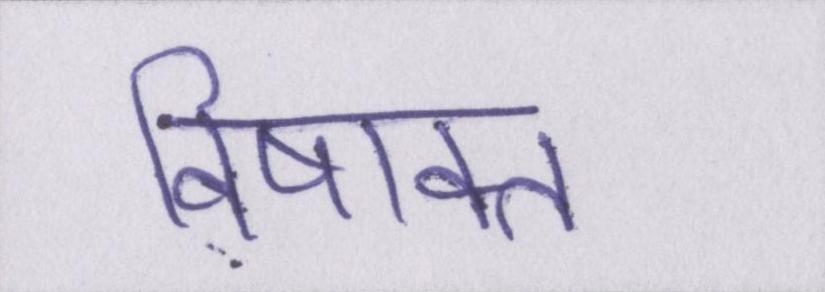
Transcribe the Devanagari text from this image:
विषाक्त